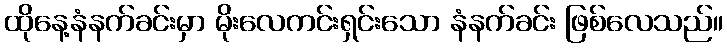
ထိုနေ့နံနက်ခင်းမှာ မိုးလေကင်းရှင်းသော နံနက်ခင်း ဖြစ်လေသည်။